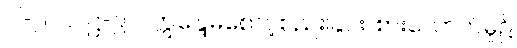
ပါ-၂၁၁၊ ဋ္ဌ-၉၂၊ ဣန္ဒြေမစောင့်စည်းခြင်း၊ စားသောက်မှု၌